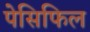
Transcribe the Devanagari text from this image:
पेसिफिल